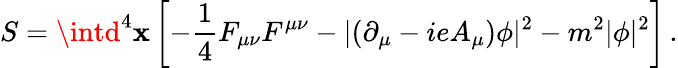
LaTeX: S=\intd^{4}\mathbf{x}\left[-{\frac{{1}}{{4}}}F_{\mu\nu}F^{\mu\nu}-\vert(\partial_{\mu}-ieA_{\mu})\phi\vert^{2}-m^{2}\vert\phi\vert^{2}\right]\, .